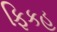
ફિકહ